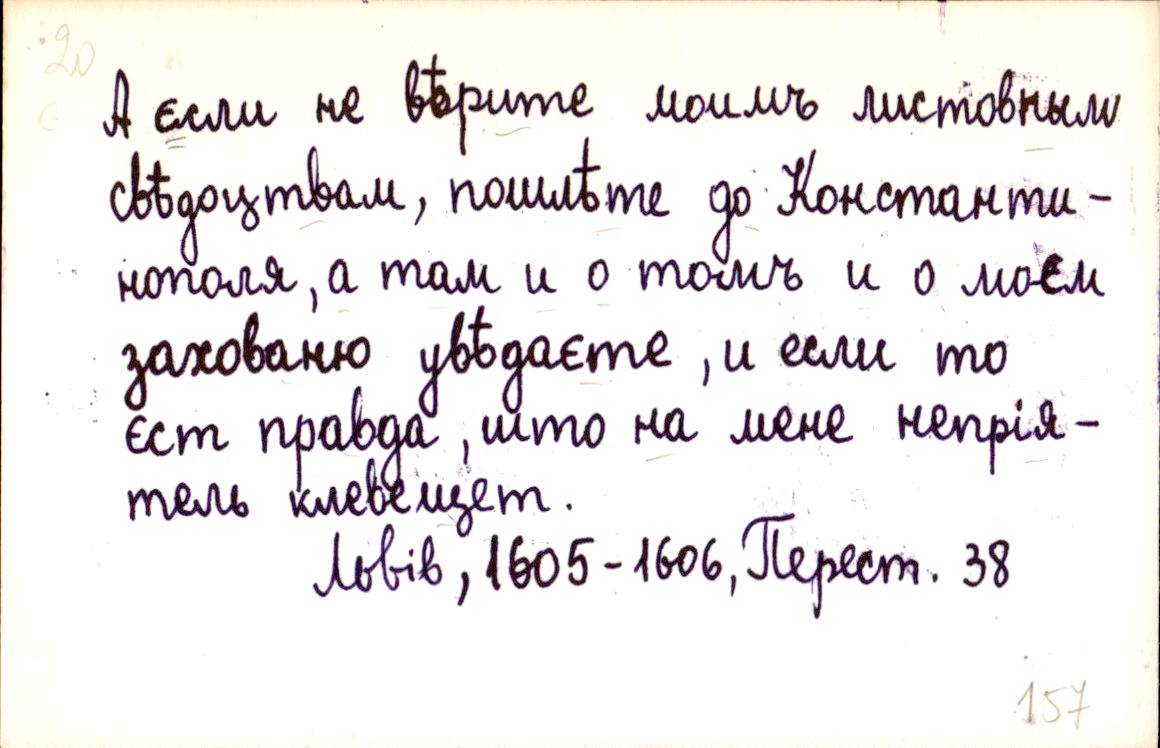
А єсли не вѣрите моимъ листовным
свѣдоцтвам, пошлѣте до Константи-
нополя, а там и о томъ и о моєм
захованю увѣдаєте, и єсли то
єст правда, што на мене непрія-
тель клевещет.
Львів, 1605-1606, Перест. 38